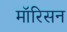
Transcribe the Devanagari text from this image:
मॉरिसन